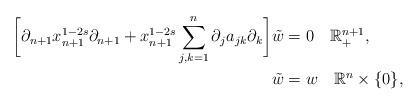
LaTeX: \begin{align*}\bigg[\partial_{n+1}x_{n+1}^{1-2s}\partial_{n+1}+x_{n+1}^{1-2s}\sum_{j,k=1}^{n}\partial_{j}a_{jk}\partial_{k}\bigg]\tilde{w} & =0\quad\mathbb{R}_{+}^{n+1},\\\tilde{w} & =w\quad\mathbb{R}^{n}\times\{0\},\end{align*}